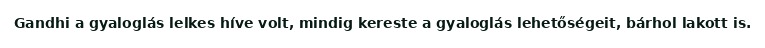
Gandhi a gyaloglás lelkes híve volt, mindig kereste a gyaloglás lehetőségeit, bárhol lakott is.